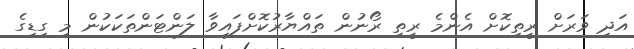
އަދި ވަރަށް ރީތިކޮށް އެންމެ ރީތި ރޯނުން ތައްޔާރުކޮށްފައިވާ ލަންޓަންތަކަކުން މި ގިޑިގެ